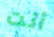
أنت